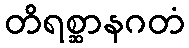
တိရစ္ဆာနဂတံ